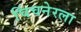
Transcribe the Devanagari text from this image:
चिंचनेरला